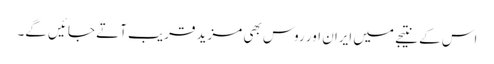
اس کے نتیجے میں ایران اور روس بھی مزید قریب آتے جائیں گے۔